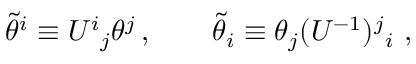
\tilde { \theta } ^ { i } \equiv U ^ { i } { } _ { j } \theta ^ { j } \, , \qquad \tilde { \theta } _ { i } \equiv \theta _ { j } ( U ^ { - 1 } ) ^ { j } { } _ { i } \ ,